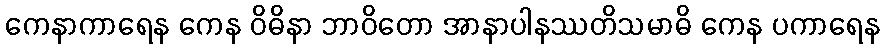
ကေနာကာရေန ကေန ဝိဓိနာ ဘာဝိတော အာနာပါနဿတိသမာဓိ ကေန ပကာရေန